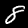
Label: 8